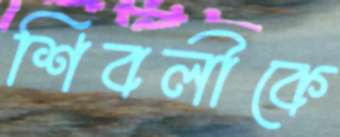
শিবলীকে